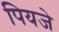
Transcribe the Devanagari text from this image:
पियजे